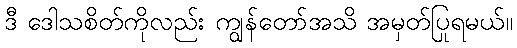
ဒီ ဒေါသစိတ်ကိုလည်း ကျွန်တော်အသိ အမှတ်ပြုရမယ်။